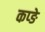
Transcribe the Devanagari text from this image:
कप्ङे